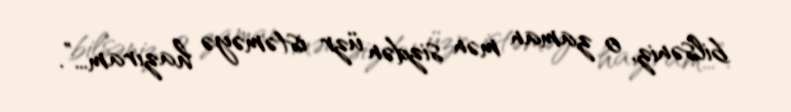
bilsəniz, o zaman mən sizdən üzr istəməyə hazıram…”.